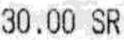
30.00 SR